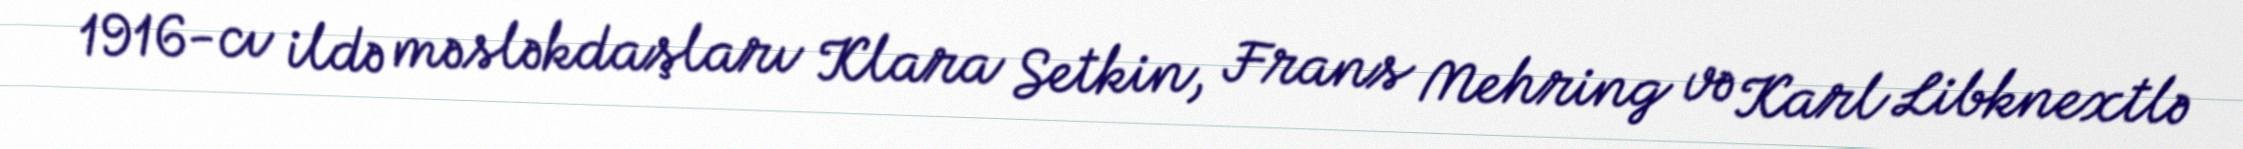
1916-cı ildə məsləkdaşları Klara Setkin, Frans Mehring və Karl Libknextlə